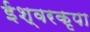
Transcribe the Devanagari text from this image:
ईश्वरकृपा